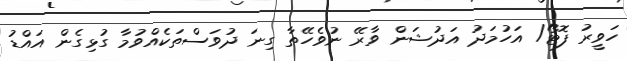
ހަވީރު ފޮޓޯ/ އަހުމަދު އަދުޝަން ވާރޭ ނުވެހޭތާ ގިނަ ދުވަސްތަކެއްވުމާ ގުޅިގެން އައްޑު